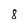
Character: 8